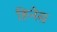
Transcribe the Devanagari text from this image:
हिनेस